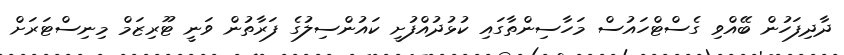
ދާދިފަހުން ބޭއްވި ގެސްޓްހައުސް މަހާސިންތާގައި ކުޅުދުއްފުށީ ކައުންސިލުގެ ފަރާތުން ވަނީ ޓޫރިޒަމް މިނިސްޓަރަށް